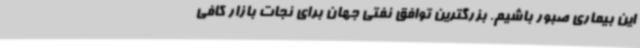
این بیماری صبور باشیم‌. بزرگترین توافق نفتی جهان برای نجات بازار کافی